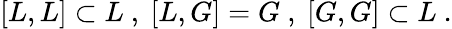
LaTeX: [L,L]\subset L\ ,\ [L,G]=G\ ,\ [G,G]\subset L\ .